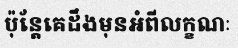
ប៉ុន្តែគេដឹងមុនអំពីលក្ខណៈ